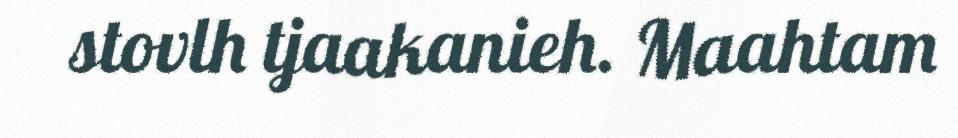
stovlh tjaakanieh. Maahtam